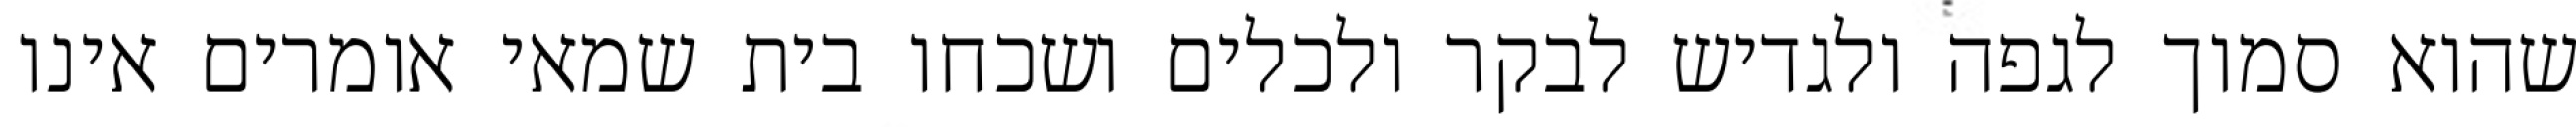
שהוא סמוך לגפה ולגדיש לבקר ולכלים ושכחו בית שמאי אומרים אינו